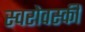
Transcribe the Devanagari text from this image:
स्वरोवस्की